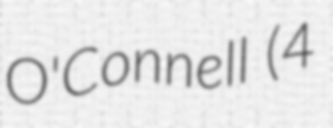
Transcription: O'Connell (4